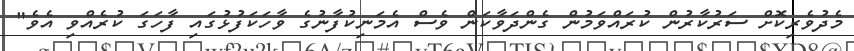
މެދުވެރިކޮށް ސަރުކާރުން ކުރައްވަމުން ގެންދަވާކަން ވެސް އެމަނިކުފާނުގެ ވާހަކަފުޅުގައި ފާހަގަ ކުރެއްވި އެވެ"